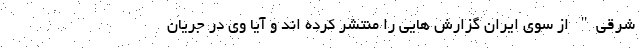
شرقی" از سوی ایران گزارش هایی را منتشر کرده اند و آیا وی در جریان